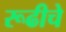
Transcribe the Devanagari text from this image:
रूढीचे